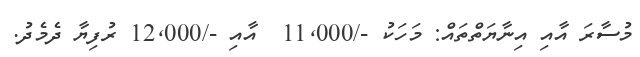
މުސާރަ އާއި އިނާޔަތްތައް: މަހަކު -/11